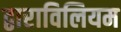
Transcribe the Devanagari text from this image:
द्वाराविलियम